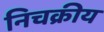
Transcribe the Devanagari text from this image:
निचक्रीय